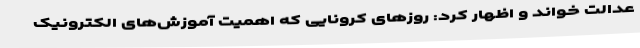
عدالت خواند و اظهار کرد: روزهای کرونایی که اهمیت آموزش‌های الکترونیک